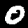
Digit: 0